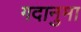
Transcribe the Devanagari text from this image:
गदानुमा